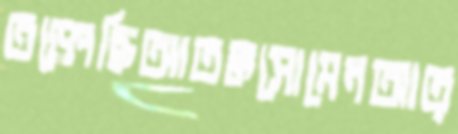
তড়্‌পেছিআতঙ্কসোমেনআত্